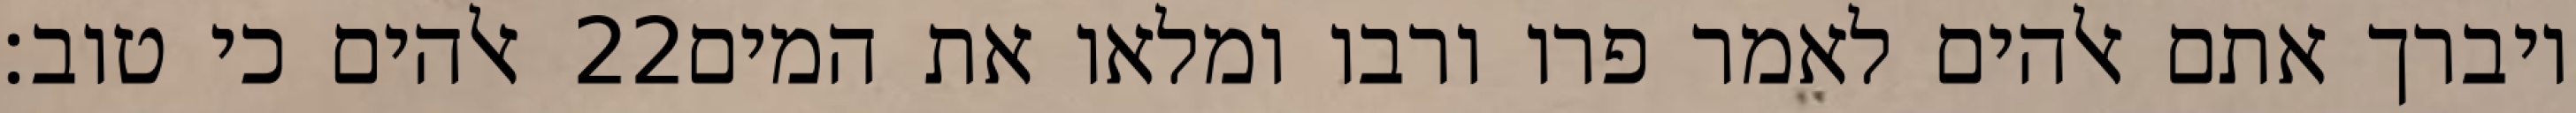
אלהים כי טוב׃ ‎22‏ ויברך אתם אלהים לאמר פרו ורבו ומלאו את המים